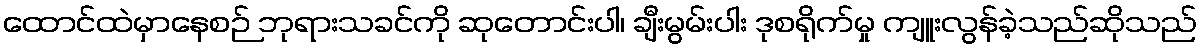
ထောင်ထဲမှာနေစဉ် ဘုရားသခင်ကို ဆုတောင်းပါ၊ ချီးမွမ်းပါး ဒုစရိုက်မှု ကျူးလွန်ခဲ့သည်ဆိုသည်